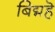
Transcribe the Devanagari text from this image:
बिद्महॆ